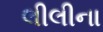
લીલીના